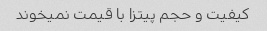
کیفیت و حجم پیتزا با قیمت نمیخوند